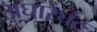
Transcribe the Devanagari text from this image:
अघारेघंट